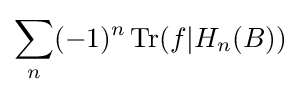
\displaystyle \sum _{n}(-1)^{n}\operatorname {Tr} (f|H_{n}(B))